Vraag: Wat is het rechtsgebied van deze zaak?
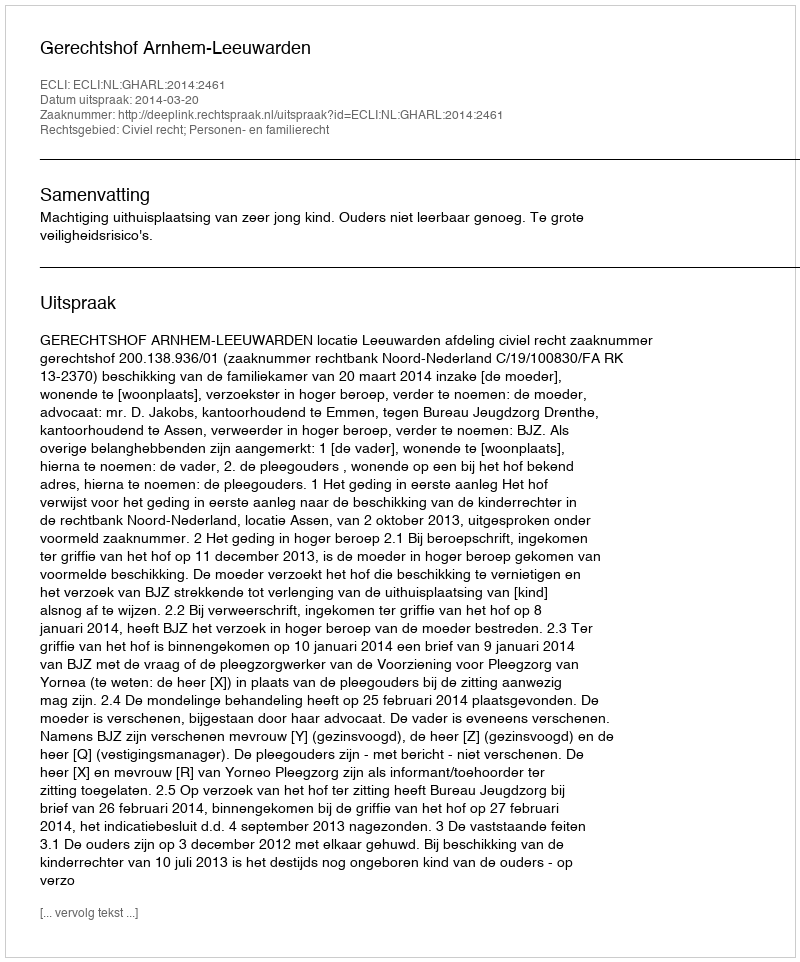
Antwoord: Civiel recht; Personen- en familierecht